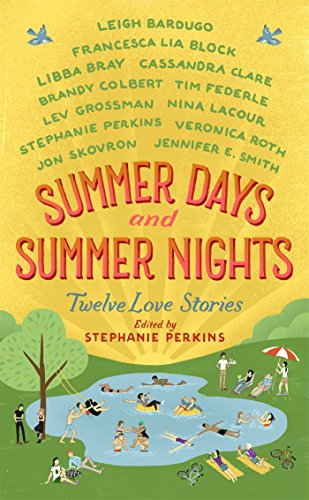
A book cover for Summer Days & Summer Nights: Twelve Love Stories; Stephanie Perkins; Teen & Young Adult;